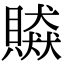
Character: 贆